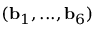
( \mathbf { b } _ { 1 } , . . . , \mathbf { b } _ { 6 } )